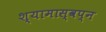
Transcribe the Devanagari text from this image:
श्यामास्वप्न